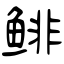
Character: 鲱